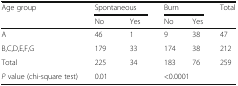
| <ROWSPAN=2> Age group | <COLSPAN=2> Spontaneous | <COLSPAN=2> Burn | <ROWSPAN=2> Total |
 | No | Yes | No | Yes |
 | --- | --- | --- | --- | --- | --- |
 | A | 46 | 1 | 9 | 38 | 47 |
 | B,C,D,E,F,G | 179 | 33 | 174 | 38 | 212 |
 | Total | 225 | 34 | 183 | 76 | 259 |
 | P value (chi-square test) | <COLSPAN=2> 0.01 | <COLSPAN=2> <0.0001 |  |